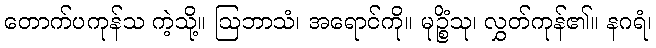
တောက်ပကုန်သ ကဲ့သို့။ ဩဘာသံ၊ အရောင်ကို။ မုဉ္စိံသု၊ လွှတ်ကုန်၏။ နဂရံ၊